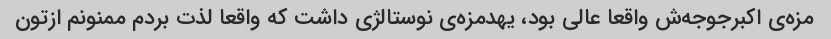
مزه‌ی اکبرجوجه‌ش واقعا عالی بود، یهدمزه‌ی نوستالژی داشت که واقعا لذت بردم ممنونم ازتون